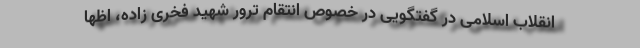
انقلاب اسلامی در گفتگویی در خصوص انتقام ترور شهید فخری زاده، اظها